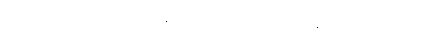
ဣတိ၊ ဤသို့လျှင်။ ဖဿာဒီနိ၊ ဖဿအစရှိကုန်သော။ ဆပညာသ၊ ၅-ကျိပ်